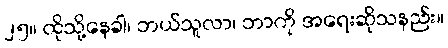
၂၅။ ထိုသို့နေခါ၊ ဘယ်သူလာ၊ ဘာကို အရေးဆိုသနည်း။